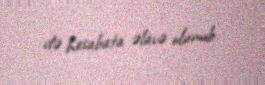
də hesabata əlavə olunub.